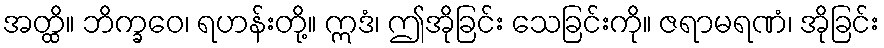
အတ္ထိ။ ဘိက္ခဝေ၊ ရဟန်းတို့။ ဣဒံ၊ ဤအိုခြင်း သေခြင်းကို။ ဇရာမရဏံ၊ အိုခြင်း